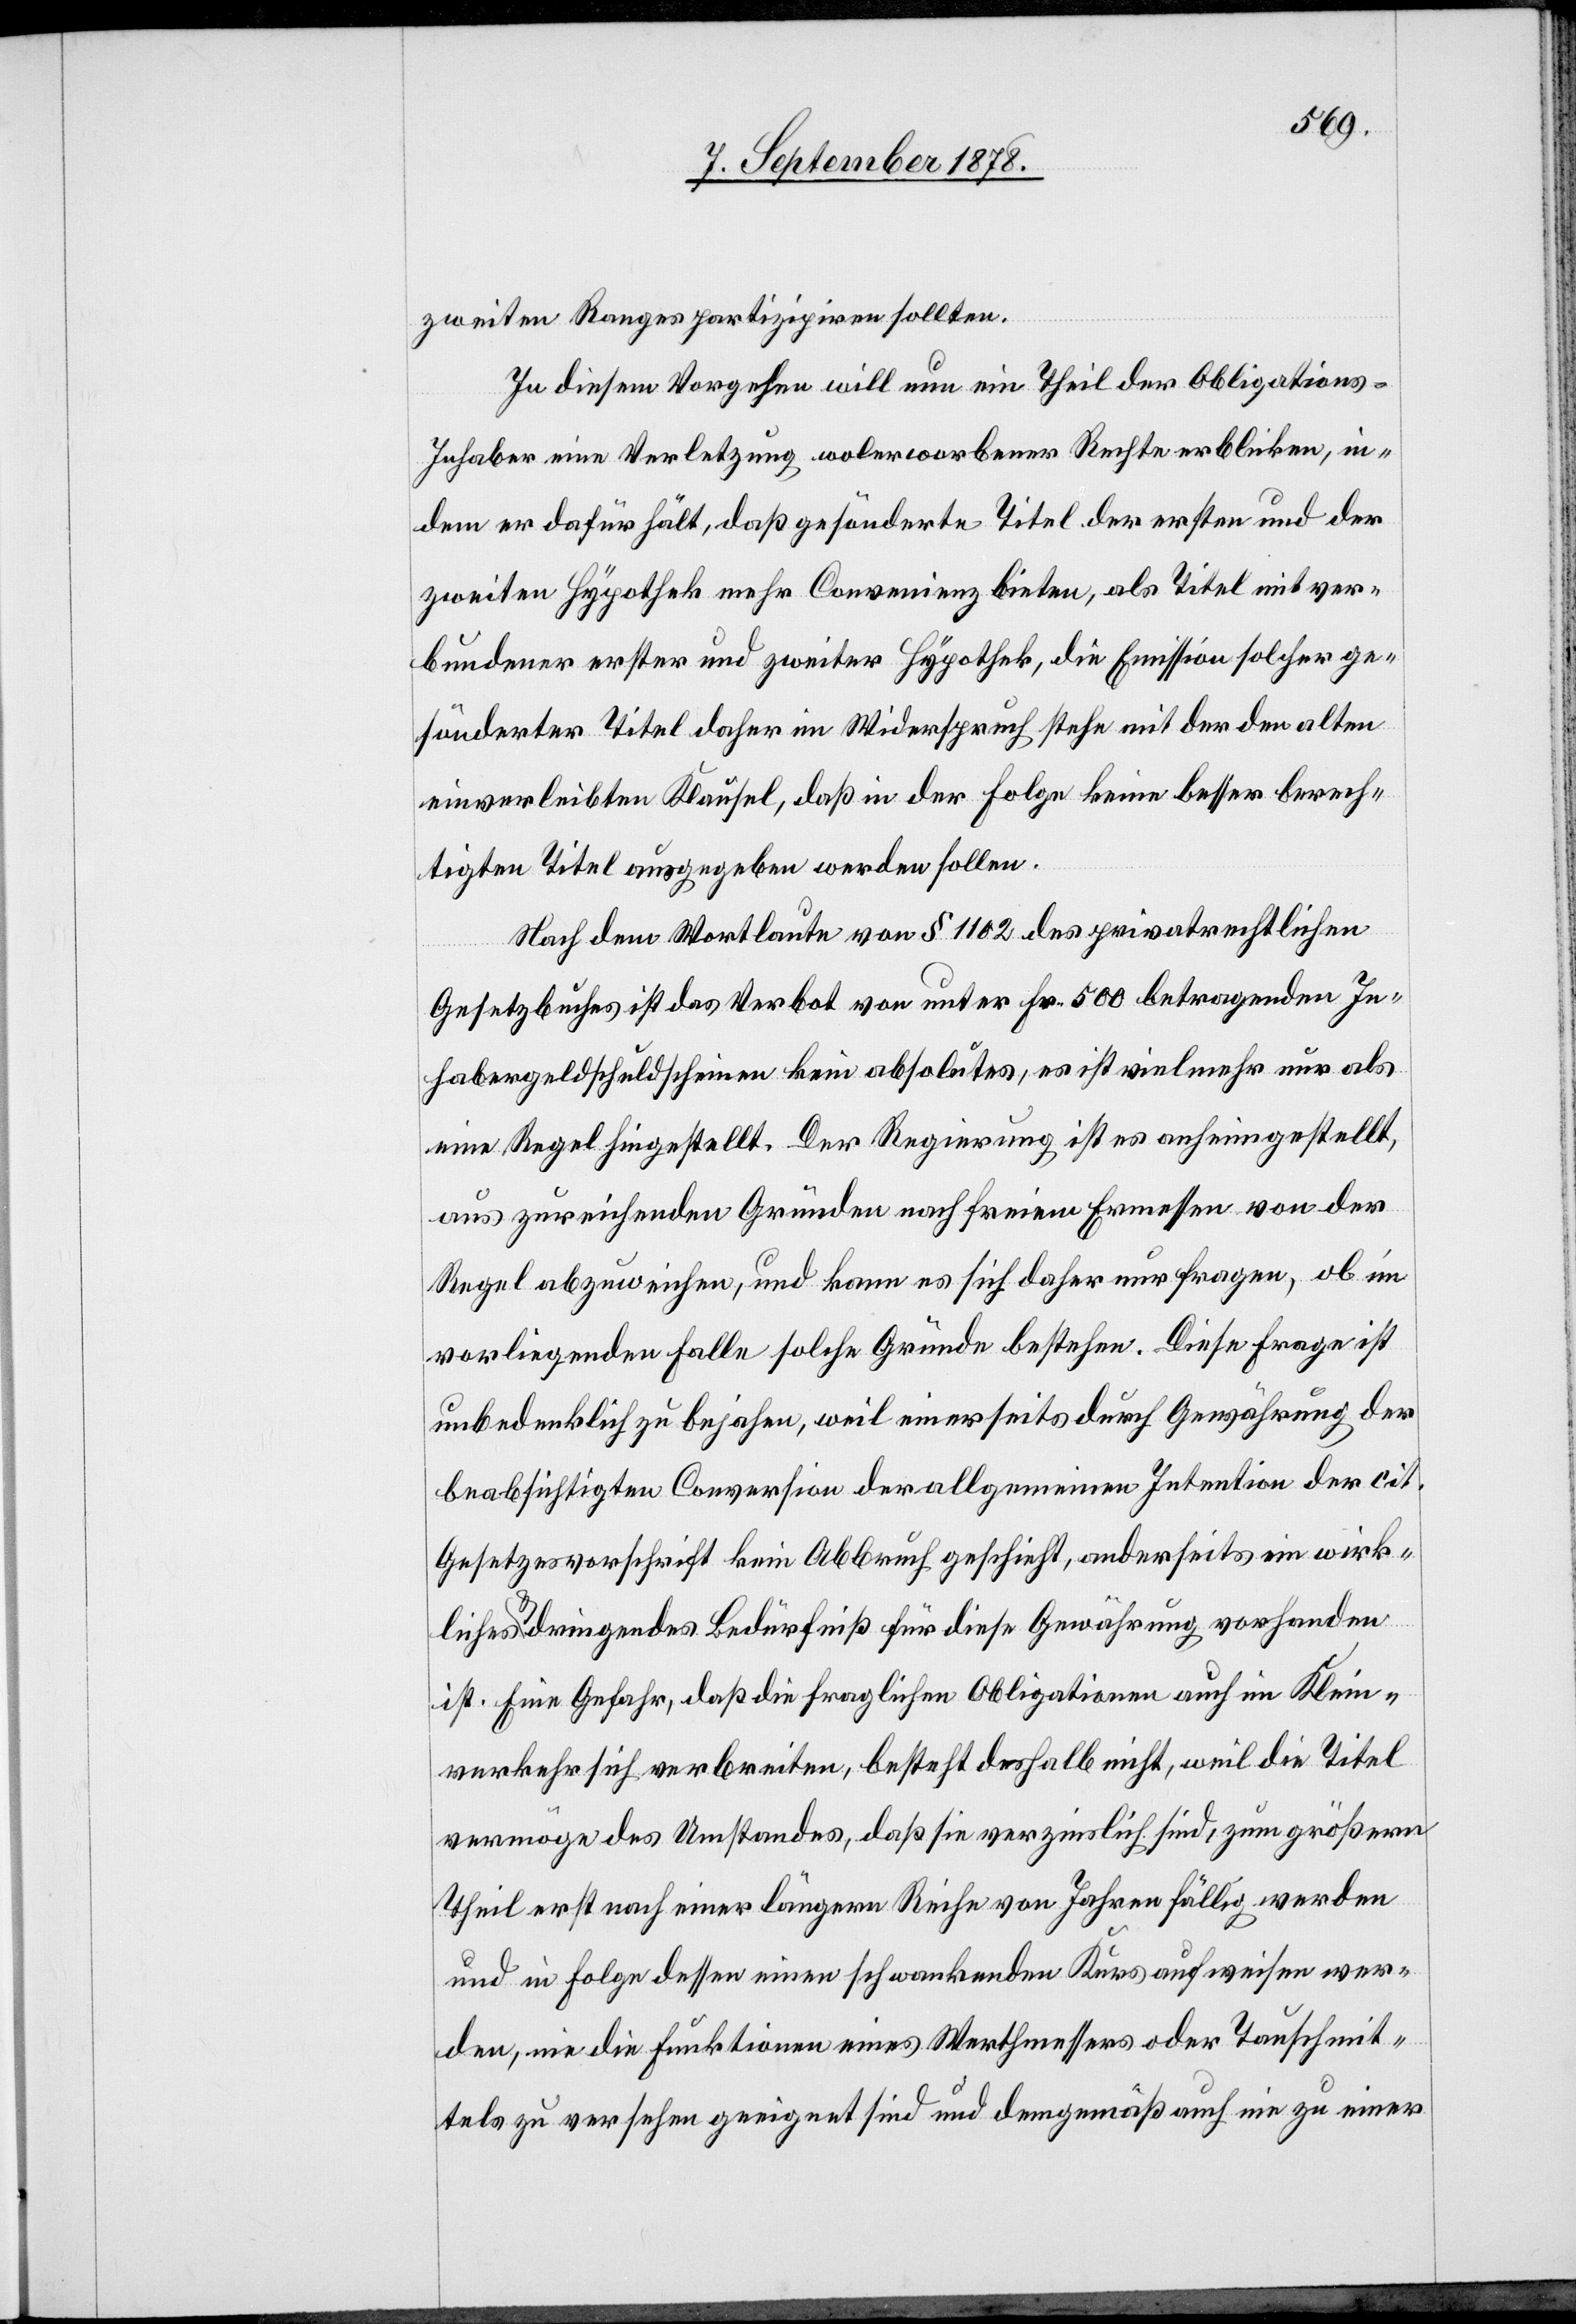
zweiten Ranges partizipiren sollten.
In diesem Vorgehen will nun ein Theil der Obligations-I¬
nhaber eine Verletzung wolerworbener Rechte erblicken, in¬
dem er dafür hält, daß gesönderte Titel der ersten und der
zweiten Hypothek mehr Convenienz bieten, als Titel mit ver¬
bundener erster und zweiter Hypothek, die Emission solcher ge¬
sönderter Titel daher im Widerspruch stehe mit der dem alten
einverleibten Klausel, daß in der Folge keine besser berech¬
tigten Titel ausgegeben werden sollen.
Nach dem Wortlaute von § 1102 des privatrechtlichen
Gesetzbuches ist das Verbot von unter Fr. 500 betragenden In¬
habergeldschuldscheinen kein absolutes, es ist vielmehr nur als
eine Regel hingestellt. Der Regierung ist es anheimgestellt,
aus zureichenden Gründen nach freiem Ermessen von der
Regel abzuweichen, und kann es sich daher nur fragen, ob im
vorliegenden Falle solche Gründe bestehen. Diese Frage ist
unbedenklich zu bejahren, weil einerseits durch Gewährung der
beabsichtigten Conversion der allgemeinen Intention der cit.
Gesetzesvorschrift kein Abbruch geschieht, anderseits ein wirk¬
liches & dringendes Bedürfniß für diese Gewährung vorhanden
ist. Eine Gefahr, daß die fraglichen Obligationen auch im Klein¬
verkehr sich verbreiten, besteht deshalb nicht, weil die Titel
vermöge des Umstandes, das sie verzinslich sind, zum größern
Theil erst nach einer längeren Reihe von Jahren fällig werden
und in Folge dessen einen schwankenden Kurs aufweisen wer¬
den, wie die Funktionen eines Werthmessens oder Tauschmit¬
tels zu versehen geeignet sind und demgemäß auch eine zu einer